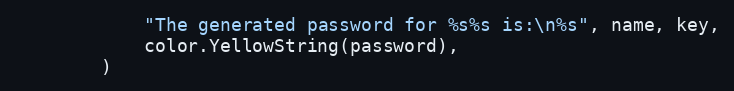
Language: Go
			"The generated password for %s%s is:\n%s", name, key,
			color.YellowString(password),
		)